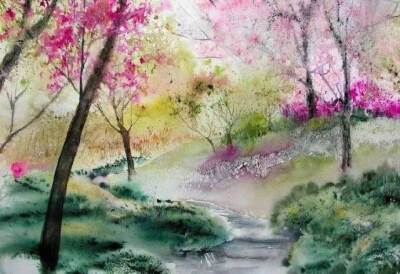
绿叶青跗映丹萼，与君裴回上金阁。